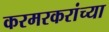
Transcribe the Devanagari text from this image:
करमरकरांच्या